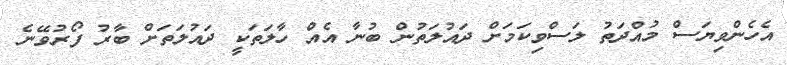
އެހެންވިޔަސް މުއްދަތު ލަސްވިކަމަށް ދައުލަތުން ބުނާ އެއް ހާލަތަކީ ދައުލަތަށް ބާރު ފޯރުވޭނެ